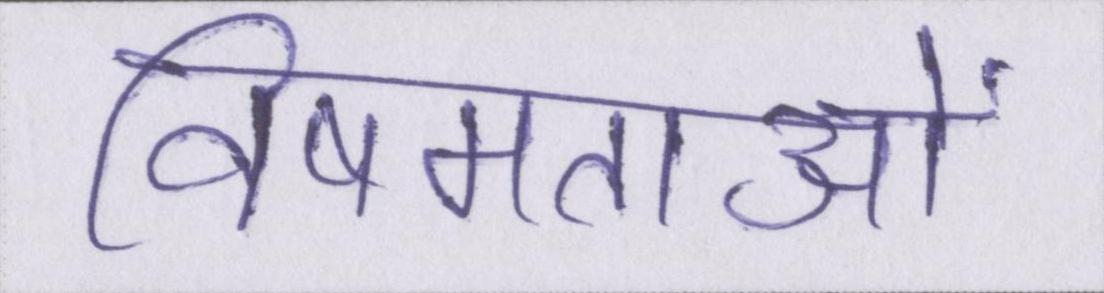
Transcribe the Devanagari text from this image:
विषमताओं